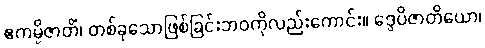
ဧကမ္ပိဇာတိံ၊ တစ်ခုသောဖြစ်ခြင်းဘဝကိုလည်းကောင်း။ ဒွေပိဇာတိယော၊